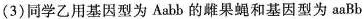
(3)同学乙用基因型为Aabb的雌果蝇和基因型为aaBb